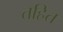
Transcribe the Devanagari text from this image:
तहित